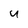
Character: u